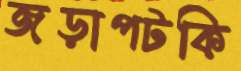
জড়াপটকি